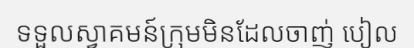
ទទួលស្វាគមន៍ក្រុមមិនដែលចាញ់ បៀល